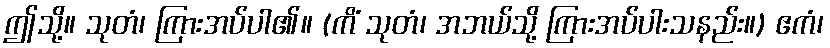
ဤသို့။ သုတံ၊ ကြားအပ်ပါ၏။ (ကိံ သုတံ၊ အဘယ်သို့ ကြားအပ်ပါးသနည်း။) ဧကံ၊